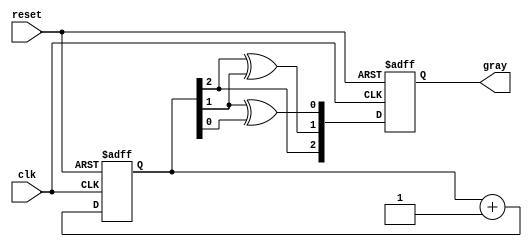
module gray_code_async_counter (
    input wire clk,          // Clock input
    input wire reset,        // Asynchronous reset
    output reg [2:0] gray    // 3-bit Gray code output
);

// Internal binary representation of the counter
reg [2:0] binary;

// Always block for the asynchronous reset and counting
always @(posedge clk or posedge reset) begin
    if (reset) begin
        // Reset the counter to 000 in Gray code (which is 000 in binary)
        binary <= 3'b000;
        gray <= 3'b000;
    end else begin
        // Increment the binary counter
        binary <= binary + 1;

        // Convert binary to Gray code
        gray[2] <= binary[2];            // MSB remains the same
        gray[1] <= binary[2] ^ binary[1]; // G1 = B2 XOR B1
        gray[0] <= binary[1] ^ binary[0]; // G0 = B1 XOR B0
    end
end

endmodule